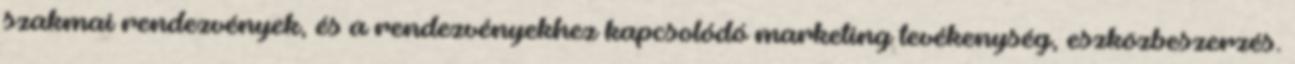
szakmai rendezvények, és a rendezvényekhez kapcsolódó marketing tevékenység, eszközbeszerzés.